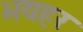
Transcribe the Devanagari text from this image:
भयहर